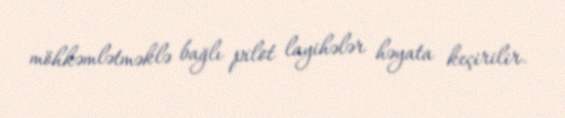
möhkəmlətməklə bağlı pilot layihələr həyata keçirilir.